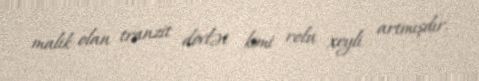
malik olan tranzit dövlət kimi rolu xeyli artmışdır.